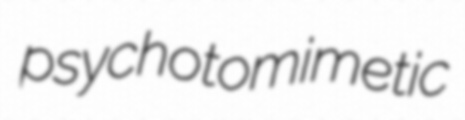
psychotomimetic